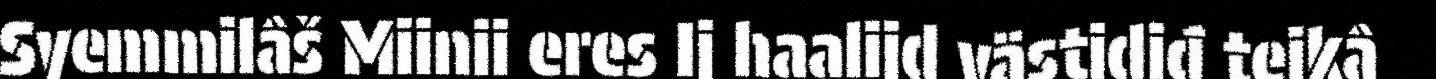
Syemmilâš Miinii eres Ij haalijd västidiđ teikâ